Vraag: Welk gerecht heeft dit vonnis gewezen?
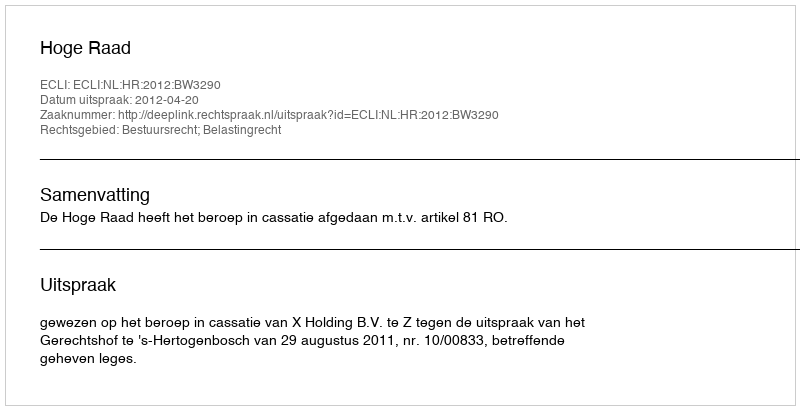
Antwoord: Hoge Raad